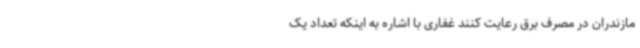
مازندران در مصرف برق رعایت کنند غفاری با اشاره به اینکه تعداد یک